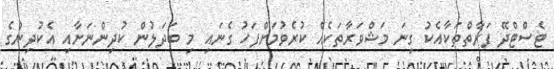
ޓެސްޓްދޭ ފަރާތްތަކާއެކު ގިނަ މަޝްވަރާތަކެއް ކުރެވުމަށްފަހު ގެނައި މި ބަދަލުން ކުދިންނަށާއި އެކުދިންގެ